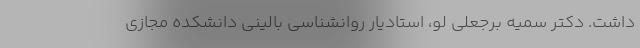
داشت. دکتر سمیه برجعلی لو، استادیار روانشناسی بالینی دانشکده مجازی